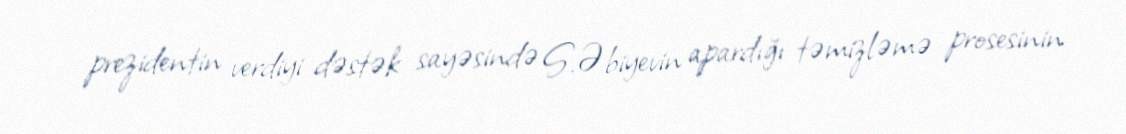
prezidentin verdiyi dəstək sayəsində S.Əbiyevin apardığı təmizləmə prosesinin